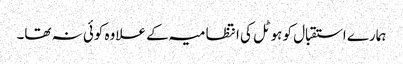
ہمارے استقبال کو ہوٹل کی انتظامیہ کے علاوہ کوئی نہ تھا۔